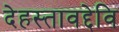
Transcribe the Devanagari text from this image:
देहस्तावद्देवि